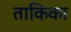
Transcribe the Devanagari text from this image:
ताकिका